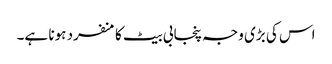
اس کی بڑی وجہ پنجابی بیٹ کا منفرد ہونا ہے۔